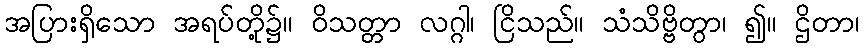
အပြားရှိသော အရပ်တို့၌။ ဝိသတ္တာ လဂ္ဂါ၊ ငြိသည်။ သံသိဗ္ဗိတွာ၊ ၍။ ဌိတာ၊